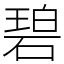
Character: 碧